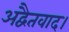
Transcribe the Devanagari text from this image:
अद्वैतवाद।